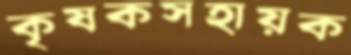
কৃষকসহায়ক